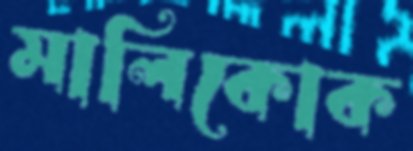
মালিকোক